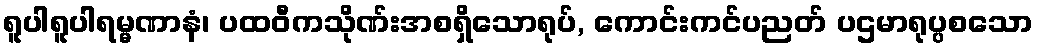
ရူပါရူပါရမ္မဏာနံ၊ ပထဝီကသိုဏ်းအစရှိသောရုပ်, ကောင်းကင်ပညတ် ပဌမာရုပ္ပစသော